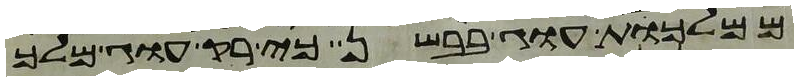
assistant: ממלכת עוג בבשן כי רק עוג מלך